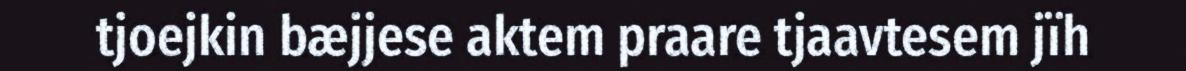
tjoejkin bæjjese aktem praare tjaavtesem jïh